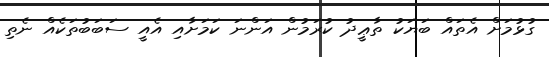
ގުޅުމަށް އެތައް ބަޔަކު ތާޢީދު ކުރަމުން އަންނަ ކަމަށާއި އެއީ ސަބަބުތަކެއް ނެތި